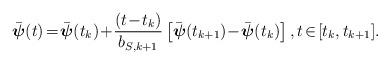
LaTeX: \begin{align*}\begin{aligned}\bar{\boldsymbol{\psi}}(t)\!=\!\bar{\boldsymbol{\psi}}(t_k)\!+\!\frac{(t\!-\!t_k)}{b_{S,k+1}}\left[\bar{\boldsymbol{\psi}}(t_{k+1})\!-\!\bar{\boldsymbol{\psi}}(t_k)\right], t\!\in\![t_k, t_{k+1}].\end{aligned}\end{align*}